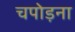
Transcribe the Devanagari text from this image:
चपोड़ना